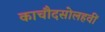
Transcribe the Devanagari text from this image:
काचौदसोलहवीं